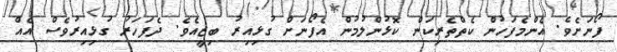
ފޯނަށެވެ. އެންމެފަހުން ކެތްތެރިކަން ކޮޅުންލުމުން އެފޯނަށް ގުޅިއިރު ބިޒީއެވެ. ދެފަހަރު ގުޅިއިރުވެސް އެއް